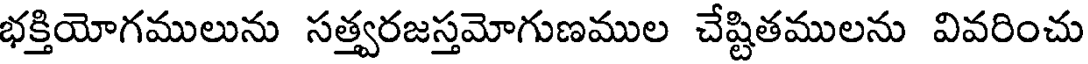
భక్తియోగములును సత్త్వరజస్తమోగుణముల చేష్టితములను వివరించు